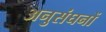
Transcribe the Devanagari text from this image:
अनुसंघनों